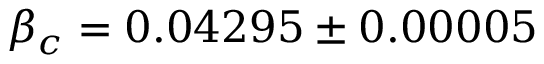
\beta _ { c } = 0 . 0 4 2 9 5 \pm 0 . 0 0 0 0 5